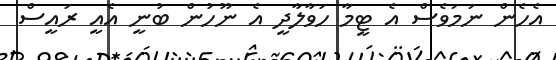
އެހެން ނަމަވެސް އެ ޓީމާ ހަވާލާދީ އެ ނޫހުން ބުނީ އެއީ ރައީސް